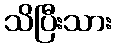
သိပြီးသား